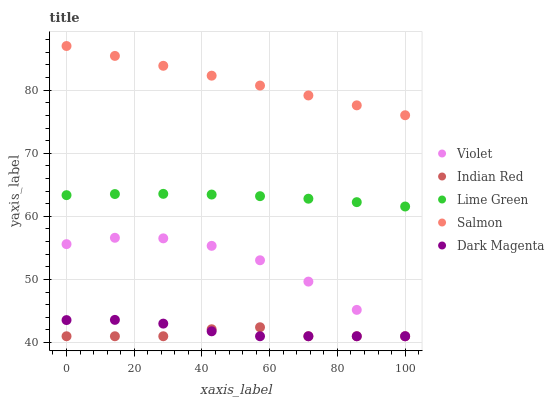
| xaxis_label | Violet | Indian Red | Lime Green | Salmon | Dark Magenta |
 | --- | --- | --- | --- | --- | --- |
 | 0 | 55.6 | 41 | 63.4 | 87 | 43.6 |
 | 14.3 | 56.6 | 41 | 63.5 | 85.4 | 43.6 |
 | 28.6 | 56.5 | 41 | 63.6 | 83.9 | 43 |
 | 42.9 | 55.3 | 42.1 | 63.5 | 82.3 | 41.8 |
 | 57.1 | 53 | 42.4 | 63.2 | 80.7 | 41 |
 | 71.4 | 49.7 | 41 | 62.8 | 79.2 | 41 |
 | 85.7 | 45.2 | 41 | 62.3 | 77.6 | 41 |
 | 100 | 41 | 41 | 61.6 | 76 | 41 |